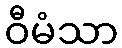
ဝီမံသာ